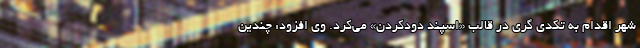
شهر اقدام به تکدی گری در قالب «اسپند دودکردن» می‌کرد. وی افزود: چندین